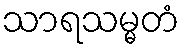
သာရသမ္မတံ